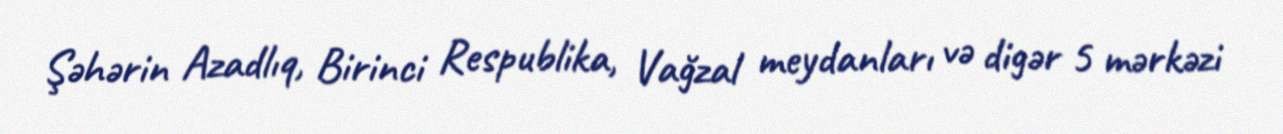
Şəhərin Azadlıq, Birinci Respublika, Vağzal meydanları və digər 5 mərkəzi